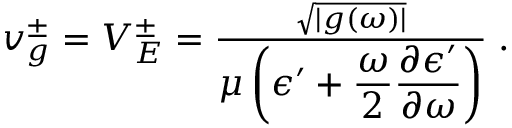
\begin{array} { r } { v _ { g } ^ { \pm } = V _ { E } ^ { \pm } = \frac { \sqrt { | g ( \omega ) | } } { \displaystyle \mu \left( \epsilon ^ { \prime } + \frac { \omega } { 2 } \frac { \partial \epsilon ^ { \prime } } { \partial \omega } \right) } \; . } \end{array}